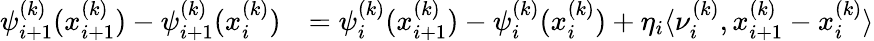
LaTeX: \begin{array}{rl}{\psi_{i+1}^{(k)}(x_{i+1}^{(k)})-\psi_{i+1}^{(k)}(x_{i}^{(k)})}&{=\psi_{i}^{(k)}(x_{i+1}^{(k)})-\psi_{i}^{(k)}(x_{i}^{(k)})+\eta_{i}\langle\nu_{i}^{(k)},x_{i+1}^{(k)}-x_{i}^{(k)}\rangle}\end{array}